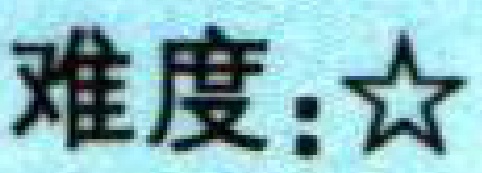
难度：★